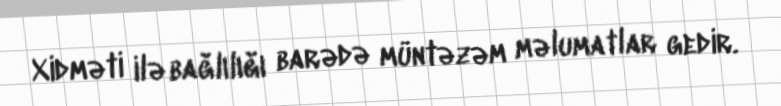
Xidməti ilə bağlılığı barədə müntəzəm məlumatlar gedir.